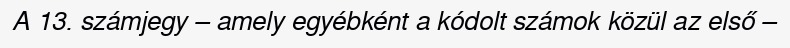
A 13. számjegy – amely egyébként a kódolt számok közül az első –